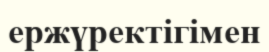
ержүректігімен